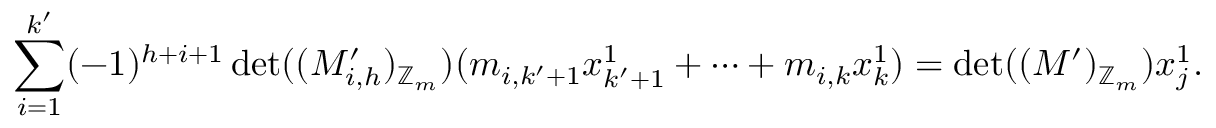
\sum _ { i = 1 } ^ { k ^ { \prime } } ( - 1 ) ^ { h + i + 1 } \operatorname* { d e t } ( ( M _ { i , h } ^ { \prime } ) _ { \mathbb { Z } _ { m } } ) ( m _ { i , k ^ { \prime } + 1 } x _ { k ^ { \prime } + 1 } ^ { 1 } + \dots + m _ { i , k } x _ { k } ^ { 1 } ) = \operatorname* { d e t } ( ( M ^ { \prime } ) _ { \mathbb { Z } _ { m } } ) x _ { j } ^ { 1 } .